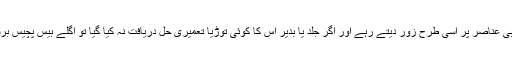
اور اگر ہمارے سائنس داں اور سیاست داں ، اور ماہرین جنگ اس کے تخریبی عناصر پر اسی طرح زور دیتے رہے اور اگر جلد یا بدیر اس کا کوئی توڑیا تعمیری حل دریافت نہ کیا گیا تو اگلے بیس پچیس برسوں میں موجودہ انسانی نسل کی بقاء کا مسئلہ بہت مشکل نظر آنے لگے گا۔